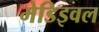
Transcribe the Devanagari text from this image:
मेडिइवल